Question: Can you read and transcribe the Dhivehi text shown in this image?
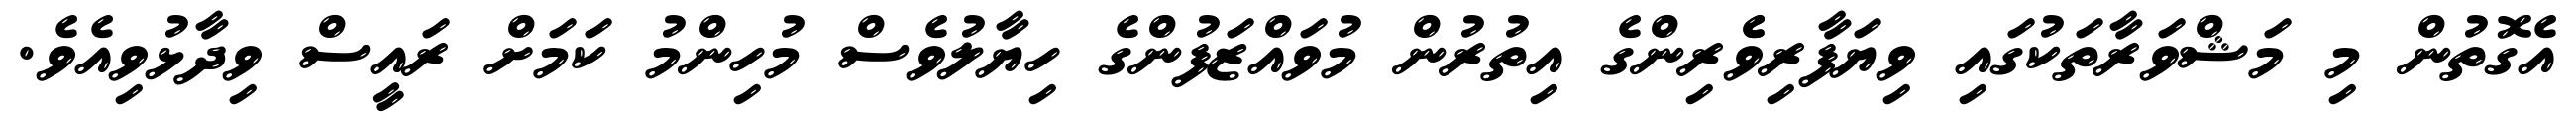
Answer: އެގޮތުން މި މަޝްވަރާތަކުގައި ވިޔަފާރިވެެރިންގެ އިތުރުން މުވައްޒަފުންގެ ހިޔާލުވެސް މުހިންމު ކަމަށް ރައީސް ވިދާޅުވިއެވެ.